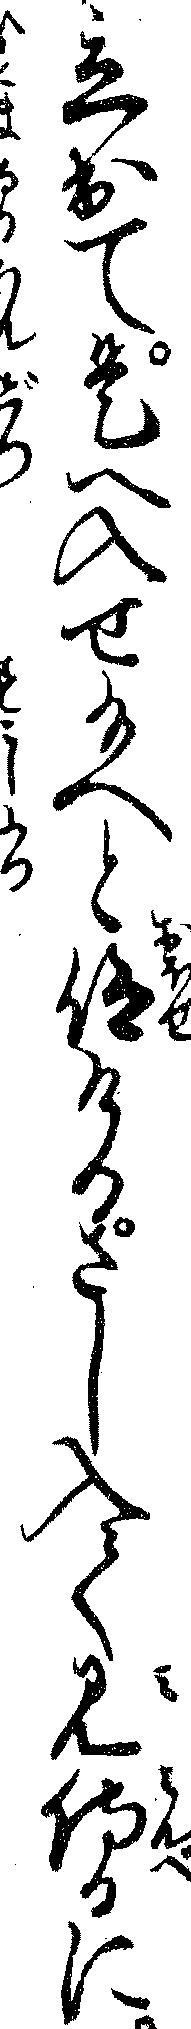
立出て是へ入せ給へと仰けるさし入て見侍るに